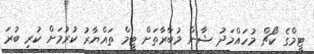
ޓީމްގެ ކޯޗް މުހައްމަދު ޝާން މުބާރާތަށް ޓީމް ތައްޔާރު ކުރުމަށް ކުރި ބުރަ